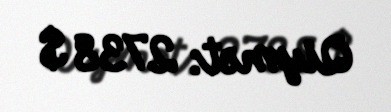
Qiymət: 2738 $